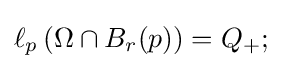
\ell _{p}\left(\Omega \cap B_{r}(p)\right)=Q_{+};